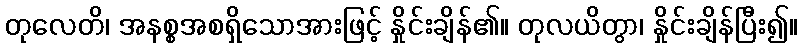
တုလေတိ၊ အနစ္စအစရှိသောအားဖြင့် နှိုင်းချိန်၏။ တုလယိတွာ၊ နှိုင်းချိန်ပြီး၍။